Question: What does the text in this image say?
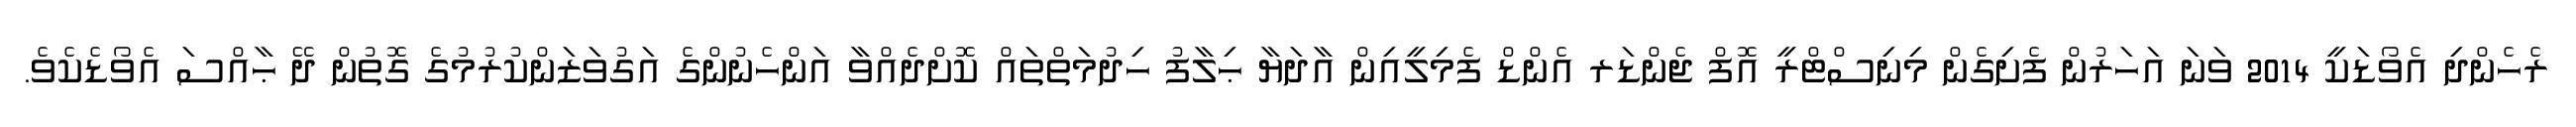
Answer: ރެހެންދި އެވޯޑަކީ 2014 ވަނަ އަހަރުން ފެށިގެން މިނިސްޓްރީ އޮފް ޖެންޑަރ އެންޑް ފެމިލީއިން އާދަޔާ ޙިލާފު ހިދުމަތްތައް ކޮށްދެއްވާ އަންހެނުންގެ އަގުވަޒަންކުރުމުގެ ގޮތުން ދޭ ޙާއްސަ އެވޯޑެކެވެ.